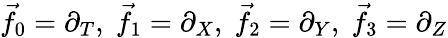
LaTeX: {\vec{f}}_{0}=\partial_{T},\; {\vec{f}}_{1}=\partial_{X},\; {\vec{f}}_{2}=\partial_{Y},\; {\vec{f}}_{3}=\partial_{Z}